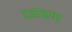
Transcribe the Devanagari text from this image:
दवाइया